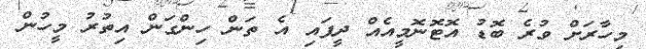
މިހާރަށް ވުރެ ބޮޑު އޮޓޮނޮމީއެއް ދީފައި އެ ތަން ހިންގަން އިތުރު މީހުން